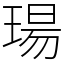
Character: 瑒